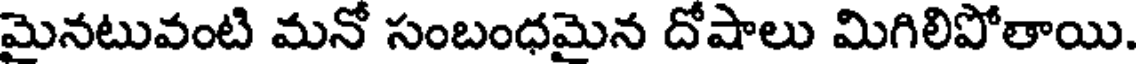
మైనటువంటి మనో సంబంధమైన దోషాలు మిగిలిపోతాయి